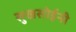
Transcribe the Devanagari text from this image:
सुखसोईनी